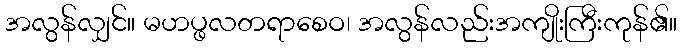
အလွန်လျှင်။ မဟပ္ဖလတရာစေဝ၊ အလွန်လည်းအကျိုးကြီးကုန်၏။